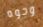
وجوه